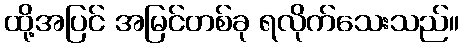
ထို့အပြင် အမြင်တစ်ခု ရလိုက်သေးသည်။